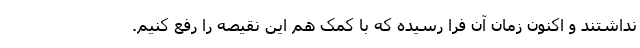
نداشتند و اکنون زمان آن فرا رسیده که با کمک هم این نقیصه را رفع کنیم.